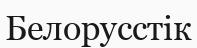
Белорусстік